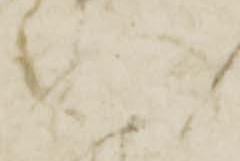
門